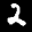
Label: 2